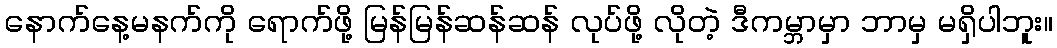
နောက်နေ့မနက်ကို ရောက်ဖို့ မြန်မြန်ဆန်ဆန် လုပ်ဖို့ လိုတဲ့ ဒီကမ္ဘာမှာ ဘာမှ မရှိပါဘူး။